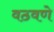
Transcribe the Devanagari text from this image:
वठवणे